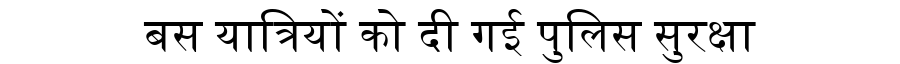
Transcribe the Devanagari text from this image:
बस यात्रियों को दी गई पुलिस सुरक्षा